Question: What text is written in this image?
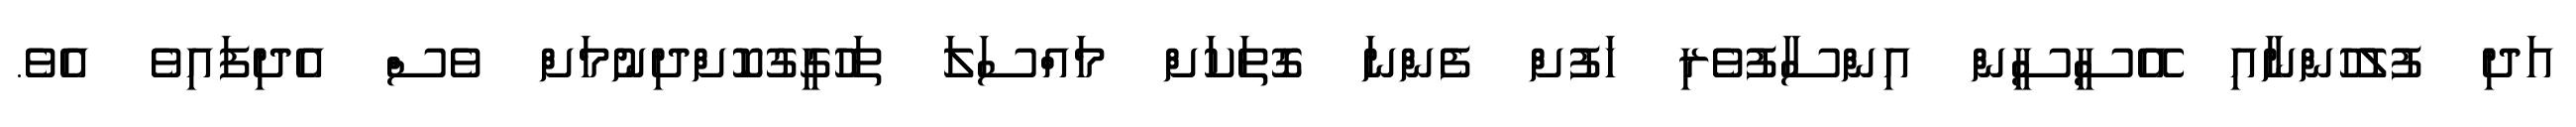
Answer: އަދި ފުލުުހުންނާއި އޭސީސީން އިންސާފުވެރި ހަފުށް ފެންނަ ގޮތަކަށް މައްސަލަ ތަހުގީގުކޮށްދިނުމަށް ވެސް އެދިފައިވެ އެވެ.